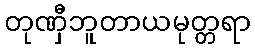
တုဏှီဘူတာယမုတ္တရာ